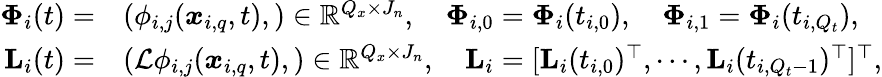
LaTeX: \begin{array}{rl}{\mathbf{\Phi}_{i}(t)=}&{(\phi_{i,j}(\boldsymbol{x}_{i,q},t),)\in\mathbb{R}^{Q_{x}\times J_{n}},\quad\mathbf{\Phi}_{i,0}=\mathbf{\Phi}_{i}(t_{i,0}),\quad\mathbf{\Phi}_{i,1}=\mathbf{\Phi}_{i}(t_{i,Q_{t}}),}\\ {\mathbf{L}_{i}(t)=}&{(\mathcal{L}\phi_{i,j}(\boldsymbol{x}_{i,q},t),)\in\mathbb{R}^{Q_{x}\times J_{n}},\quad\mathbf{L}_{i}=[\mathbf{L}_{i}(t_{i,0})^{\top},\cdots,\mathbf{L}_{i}(t_{i,Q_{t}-1})^{\top}]^{\top},}\end{array}